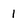
Character: 1